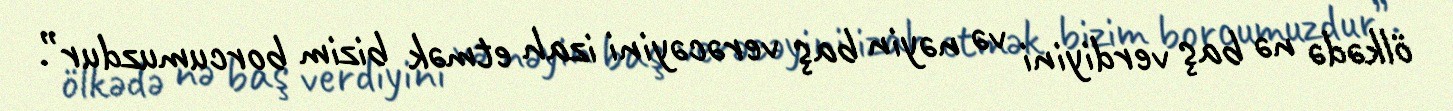
ölkədə nə baş verdiyini və nəyin baş verəcəyini izah etmək bizim borcumuzdur”.